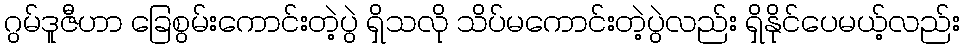
ဂွမ်ဒူဇီဟာ ခြေစွမ်းကောင်းတဲ့ပွဲ ရှိသလို သိပ်မကောင်းတဲ့ပွဲလည်း ရှိနိုင်ပေမယ့်လည်း